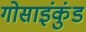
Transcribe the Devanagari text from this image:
गोसाइंकुंड